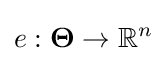
e:{\boldsymbol {\Theta }}\to \mathbb {R} ^{n}